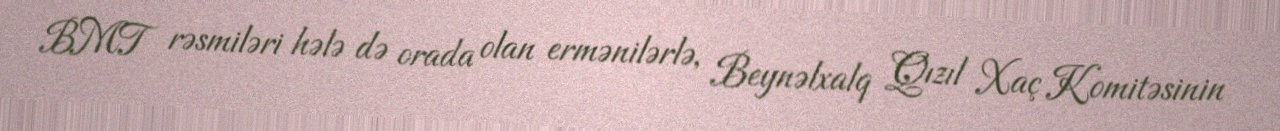
BMT rəsmiləri hələ də orada olan ermənilərlə, Beynəlxalq Qızıl Xaç Komitəsinin